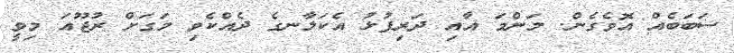
ސަބަބެއް އޮވެގެން. މަންމަ އާއި ދަރިފުޅު އެކަލާނގެ ދެއްކެވި މަގަށް ރުޖޫއަ މިވީ